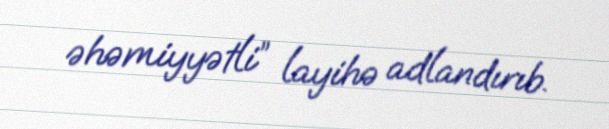
əhəmiyyətli” layihə adlandırıb.